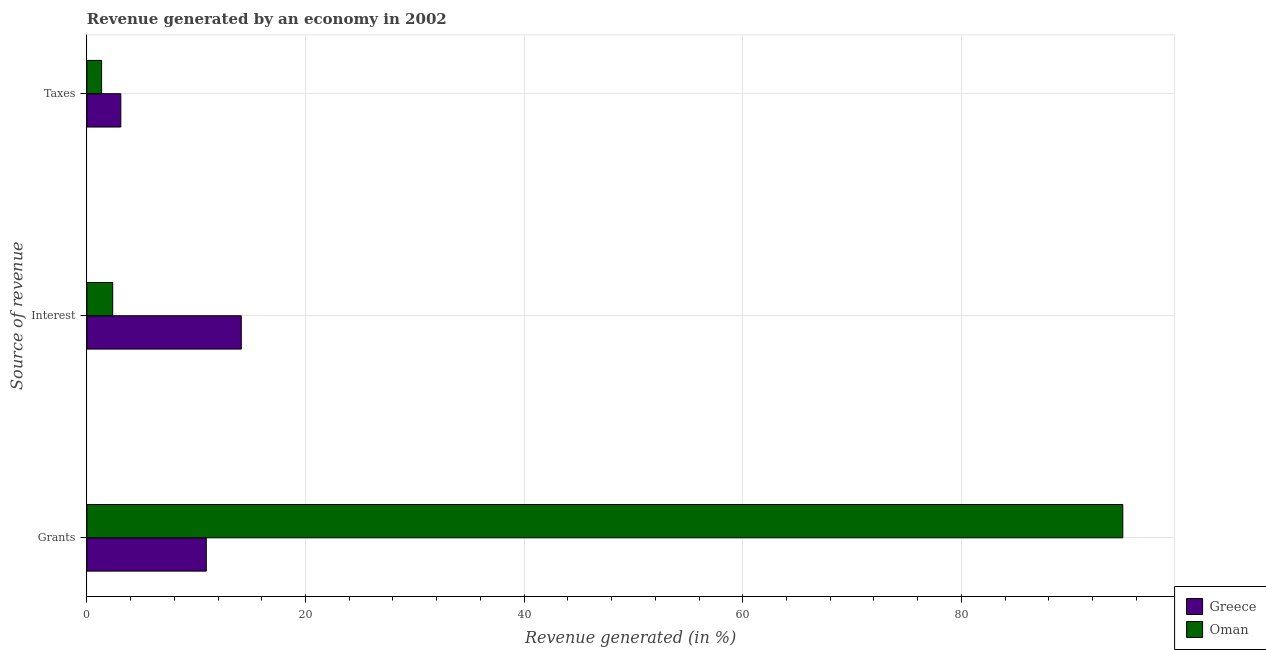
| Source of revenue | Greece | Oman |
 | --- | --- | --- |
 | Grants | 10.9 | 94.8 |
 | Interest | 14.1 | 2.36 |
 | Taxes | 3.1 | 1.35 |